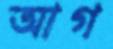
আগ